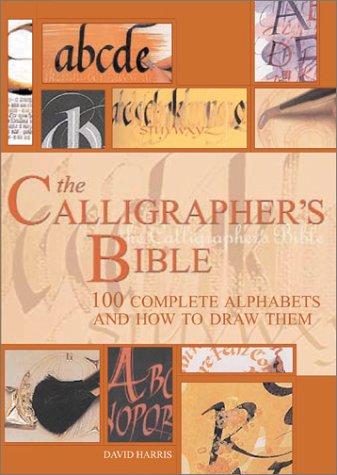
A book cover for The Calligrapher's Bible: 100 Complete Alphabets and How to Draw Them; David Harris; Arts & Photography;